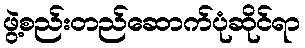
ဖွဲ့စည်းတည်ဆောက်ပုံဆိုင်ရာ